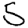
Digit: 5